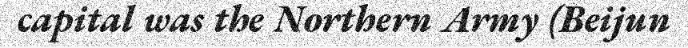
capital was the Northern Army (Beijun